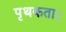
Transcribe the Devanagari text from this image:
पृथकता।